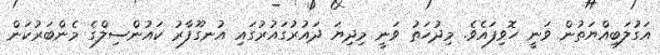
އަގުލަބިއްޔަތުން ވަނީ ހޮވިފައެވެ. މިދުހަތު ވަނީ މިދިޔަ ދައުރުގައުރުގައި އުނގޫފާރު ކައުންސިލްގެ މެންބަރުކަން